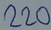
Text: 220